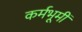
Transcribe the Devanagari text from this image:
कर्मभूमीं